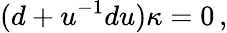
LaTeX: (d+u^{-1}du)\kappa=0\, ,